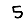
Digit: 5